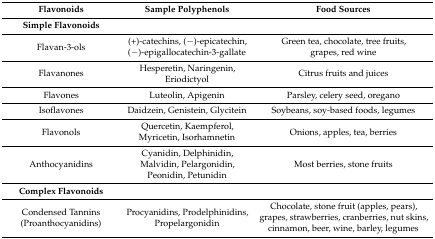
<table><thead><tr><td><b>Flavonoids</b></td><td><b>Sample Polyphenols</b></td><td><b>Food Sources</b></td></tr><tr><td><b>Simple Flavonoids</b></td><td></td><td></td></tr></thead><tbody><tr><td>Flavan-3-ols</td><td>(+)-catechins, (−)-epicatechin, (−)-epigallocatechin-3-gallate</td><td>Green tea, chocolate, tree fruits, grapes, red wine</td></tr><tr><td>Flavanones</td><td>Hesperetin, Naringenin, Eriodictyol</td><td>Citrus fruits and juices</td></tr><tr><td>Flavones</td><td>Luteolin, Apigenin</td><td>Parsley, celery seed, oregano</td></tr><tr><td>Isoflavones</td><td>Daidzein, Genistein, Glycitein</td><td>Soybeans, soy-based foods, legumes</td></tr><tr><td>Flavonols</td><td>Quercetin, Kaempferol, Myricetin, Isorhamnetin</td><td>Onions, apples, tea, berries</td></tr><tr><td>Anthocyanidins</td><td>Cyanidin, Delphinidin, Malvidin, Pelargonidin, Peonidin, Petunidin</td><td>Most berries, stone fruits</td></tr><tr><td><b>Complex Flavonoids</b></td><td></td><td></td></tr><tr><td>Condensed Tannins (Proanthocyanidins)</td><td>Procyanidins, Prodelphinidins, Propelargonidin</td><td>Chocolate, stone fruit (apples, pears), grapes, strawberries, cranberries, nut skins, cinnamon, beer, wine, barley, legumes</td></tr></tbody></table>